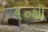
૧૦થી